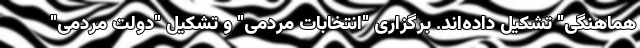
هماهنگی" تشکیل داده‌اند. برگزاری "انتخابات مردمی" و تشکیل "دولت مردمی"